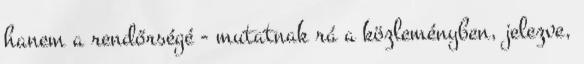
hanem a rendőrségé - mutatnak rá a közleményben, jelezve,